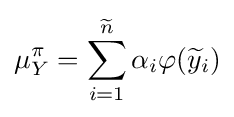
\mu _{Y}^{\pi }=\sum _{i=1}^{\widetilde {n}}\alpha _{i}\varphi ({\widetilde {y}}_{i})